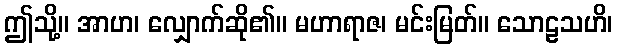
ဤသို့။ အာဟ၊ လျှောက်ဆို၏။ မဟာရာဇ၊ မင်းမြတ်။ သောဠသဟိ၊